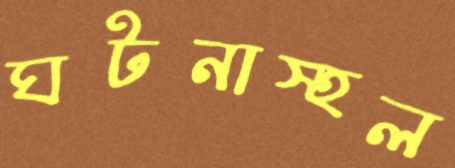
ঘটনাস্হল